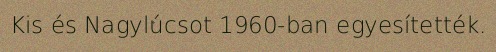
Kis és Nagylúcsot 1960-ban egyesítették.